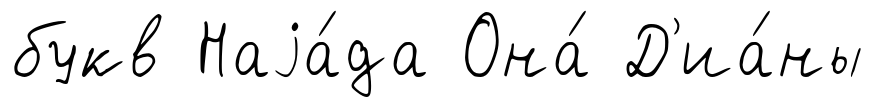
букв Наjа́да Она́ Д'иа́ны